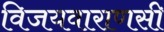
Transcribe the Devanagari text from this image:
विजयवाराणसी